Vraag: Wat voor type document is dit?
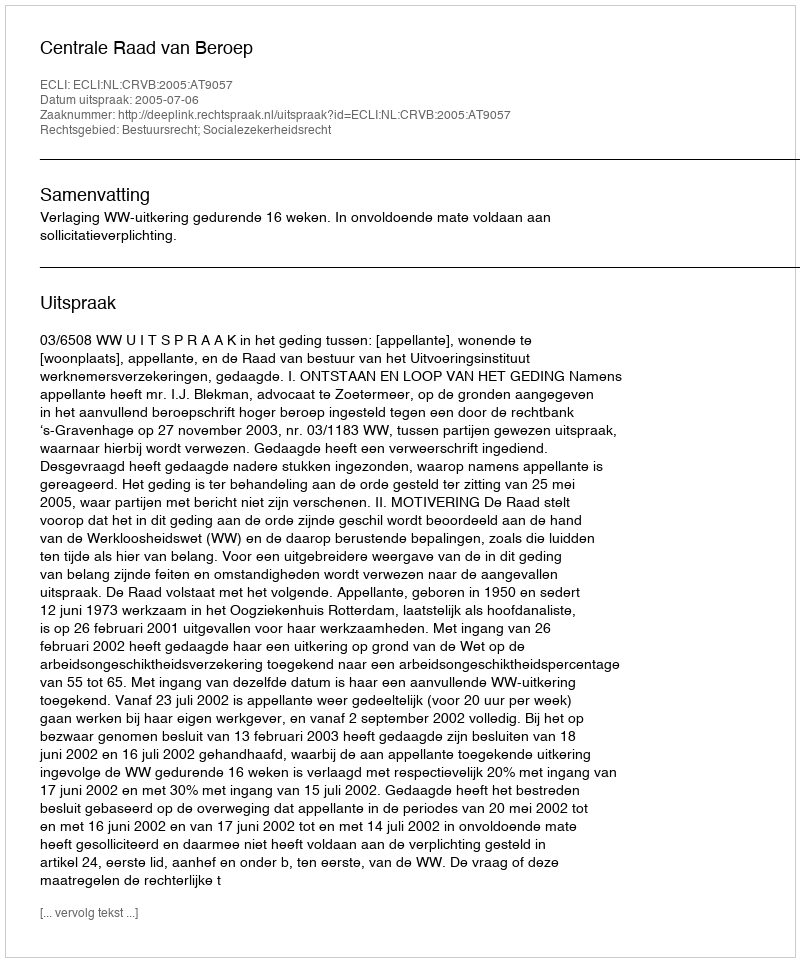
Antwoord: Uitspraak